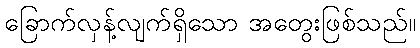
ခြောက်လှန့်လျက်ရှိသော အတွေးဖြစ်သည်။